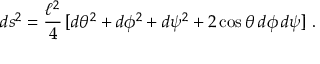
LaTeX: d s ^ { 2 } = { \frac { \ell ^ { 2 } } { 4 } } \, [ d \theta ^ { 2 } + d \phi ^ { 2 } + d \psi ^ { 2 } + 2 \cos \theta \, d \phi \, d \psi ] \ .